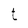
Character: t